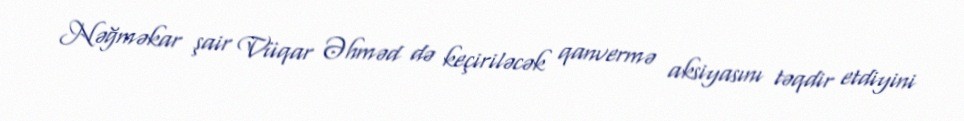
Nəğməkar şair Vüqar Əhməd də keçiriləcək qanvermə aksiyasını təqdir etdiyini